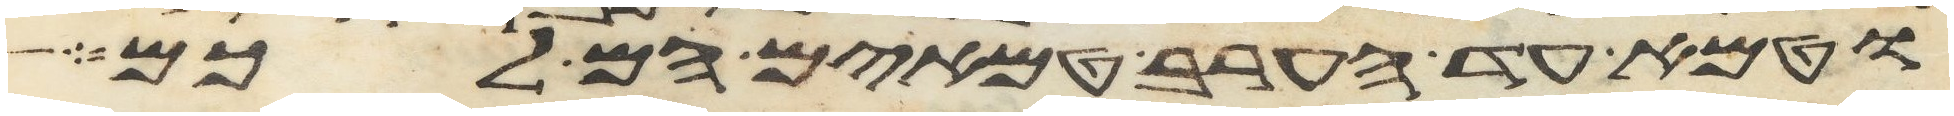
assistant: וטמא עד הערב טמאים הם לכם